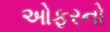
ઓફરનો